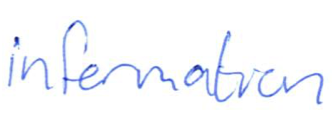
Text: information
Cross-out: clean
Writing tool: ballpoint